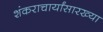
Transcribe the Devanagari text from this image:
शंकराचार्यांसारख्या